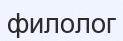
филолог